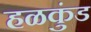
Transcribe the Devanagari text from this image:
हळकुंड